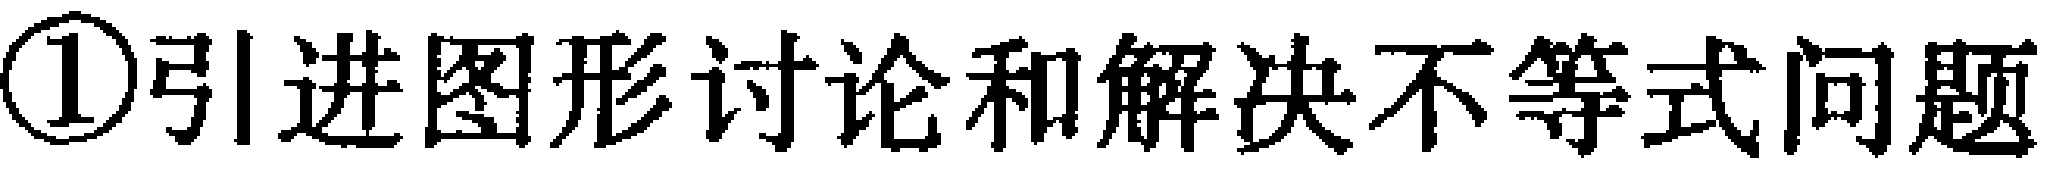
\textcircled{1}引进图形讨论和解决不等式问题